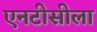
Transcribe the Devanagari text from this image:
एनटीसीला